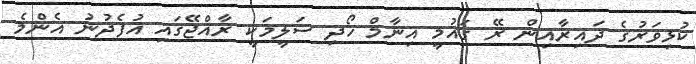
ކުޅިވަރުގެ ދައިރާއިން ރޭ ގައުމީ އިނާމް ހޯދި ސަލީމަކީ ރާއްޖޭގައި އުފެދުނު އެންމެ